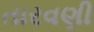
તારવણી